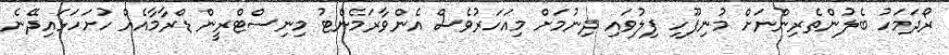
ރޯދަމަހު ބެލުންތެރިންނަށް މުނިފޫހި ފިލުވައި ދިނުމަށް މިއަހަރުވެސް އެންވާރަމެންޓު މިނިސްޓްރީން ޑްރާމާއެއް ހުށަހަޅައިދޭނެ